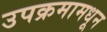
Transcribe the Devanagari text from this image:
उपक्रमामधून